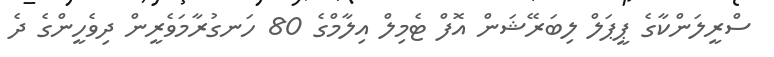
ސްރީލަންކާގެ ޕީޕަލް ލިބަރޭޝަން އޮފް ޓެމިލް އިލާމްގެ 80 ހަނގުރާމަވެރީން ދިވެހީންގެ ދެ